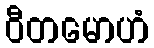
ဝီတမောဟံ